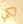
لكي